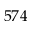
5 7 4